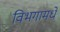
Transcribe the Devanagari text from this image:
विभगामधे